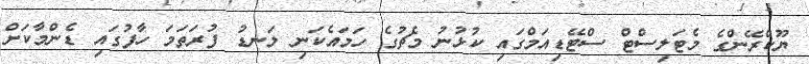
ޔޫކްރޭންގެ މެޓަލިސްޓް ސްޓޭޑިއަމްގައި ކުޅުނު މެޗުގެ ހަމައެކަނި ލަނޑު ފުރަތަމަ ހާފުގައި ޑެންމާކަށް